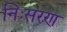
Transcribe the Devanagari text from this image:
निःसरण